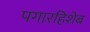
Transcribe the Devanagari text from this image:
पगारहिशेब